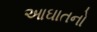
આઘાતનો